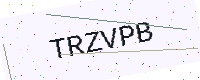
Text: TRZVPB